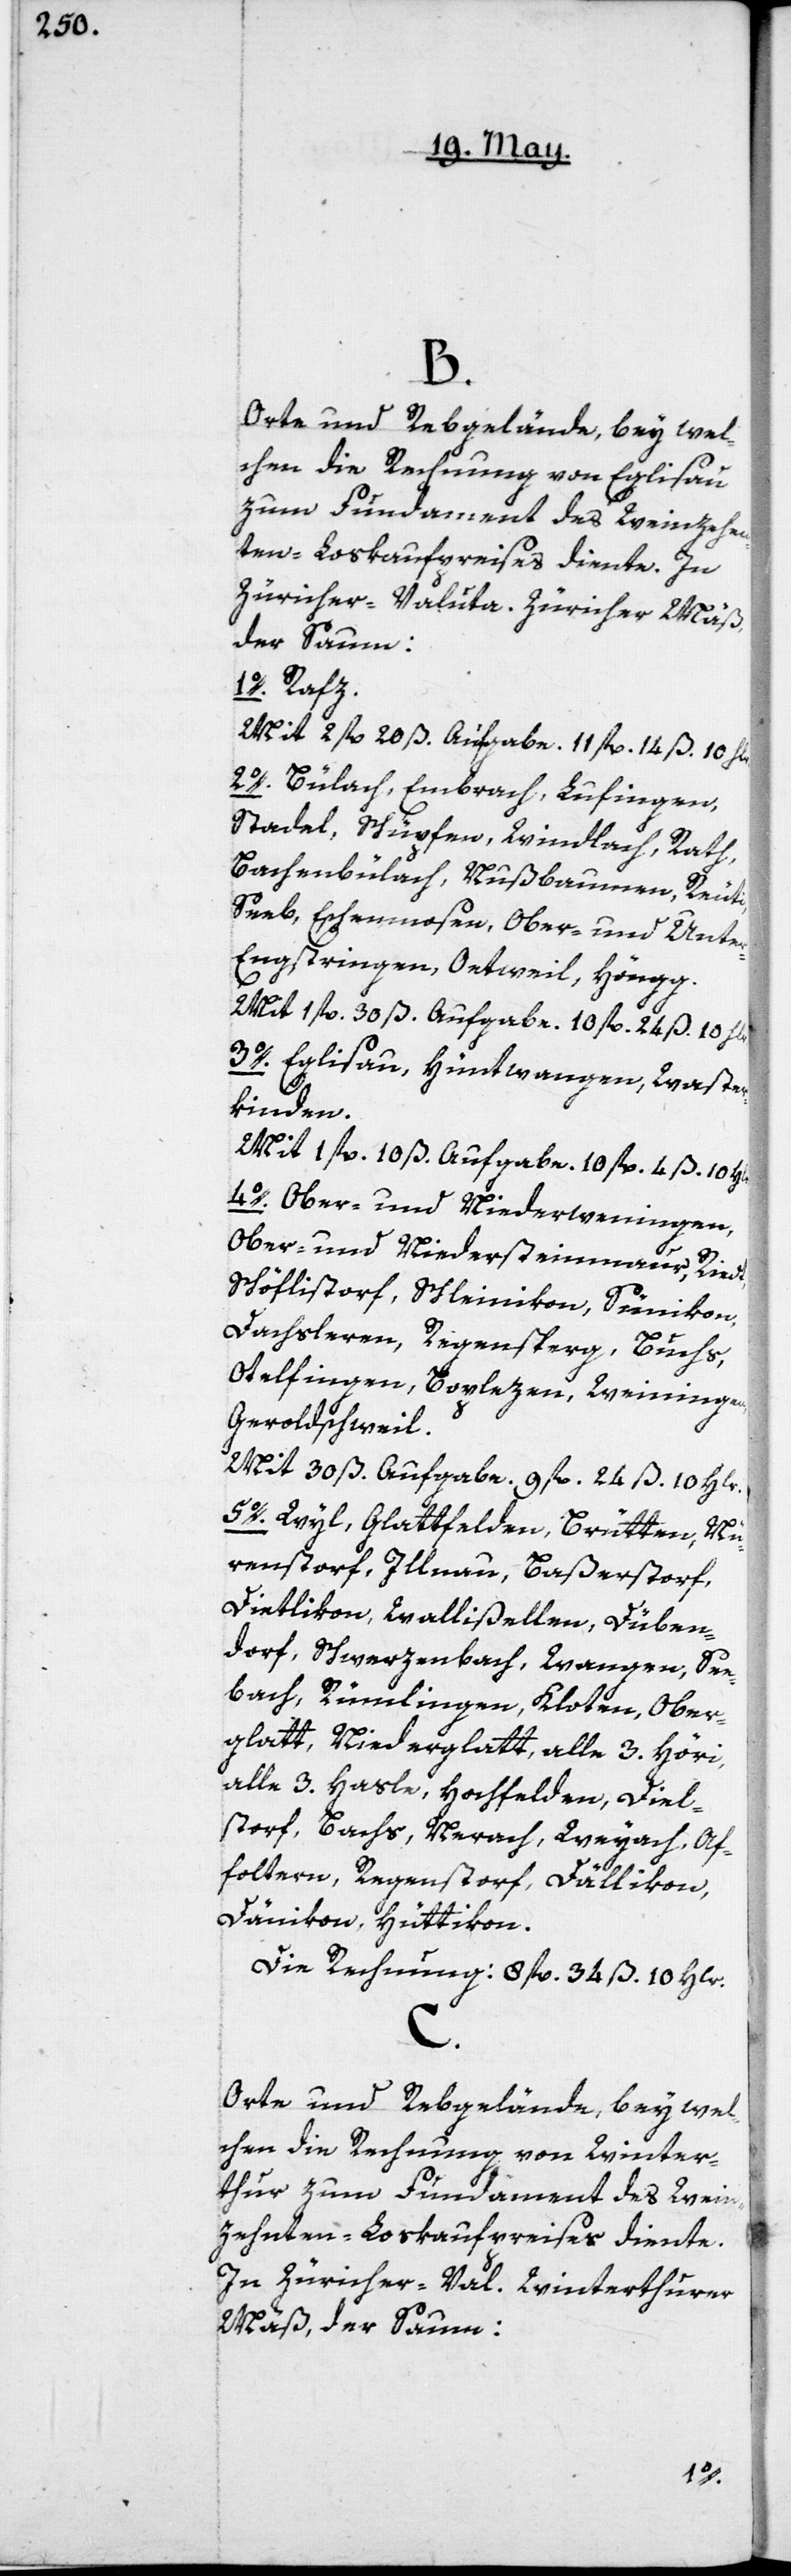
B.
Orte und Rebgelände, bey wel¬
chem die Rechnung von Eglisau
zum Fundament des Weinzehen¬
ten-Loskaufpreises diente. In
Zürcher-Valuta, Zürcher Mäß,
der Saum:
1o. Rafz.
Mit 2 fl. 20 ß Aufgabe.11 fl. 14 ß 10 Hlr.
2o. Bülach, Embrach, Lufingen,
Stadel, Schüpfen, Windlach, Rath,
Bachenbülach, Nußbaumen, Reuti,
Seeb, Eschenmosen, Ober- und Unter¬
engstringen, Oetwil, Höngg.
Mit 1 fl. 30 ß Aufgabe. 10 fl. 24 ß, 10 Hlr.
3o. Eglisau, Hüntwangen, Waster¬
kinden.
Mit 1 fl. 10 ß Aufgabe. 10 fl. 4 ß 10 Hlr.
4o. Ober- und Niederweningen,
Ober- und Niedersteinmaur, Riedt,
Schöflistorf, Schleinikon, Sünikon,
Dachsleren, Regensperg, Buchs,
Otelfingen, Bopelzen, Weiningen,
Geroldschweil.
Mit 30ß Aufgabe. 9 fl. 24 ß. 10 Hlr.
5o. Wyl, Glattfelden, Brütten, Nü¬
renstorf, Illnau, Baßerstorf,
Dietlikon, Wallißellen, Düben¬
dorf, Schwerzenbach, Wangen, See¬
bach, Rümlingen, Kloten, Ober¬
glatt, Niederglatt, alle 3. Höri,
alle 3. Hasle, Hochfelden, Diel¬
storf, Bachs, Nerach, Weyach, Af¬
foltern, Regenstorf, Dällikon,
Dänikon, Hüttikon.
Die Rechnung: 8 fl. 34 ß. 10 Hlr.
C.
Orte und Rebgelände, bey wel¬
chen die Rechnung von Winter¬
thur zum Fundament des Wein¬
zehnten-Loskaufpreises diente.
In Zürcher-Val. Winterthurer
Mäß, der Saum: